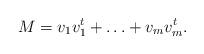
LaTeX: \begin{align*} M=v_1 v_1^{t}+\ldots+ v_m v_m^{t}. \end{align*}